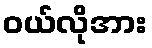
ဝယ်လိုအား